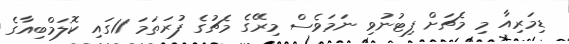
ޑިމަރިއާ މި މެޗަށް ފިޓުނުވި ނަމަވެސް މިރޭގެ މެޗުގެ ފުރަތަމަ 11ގައި ކޮލަމްބިއާގެ